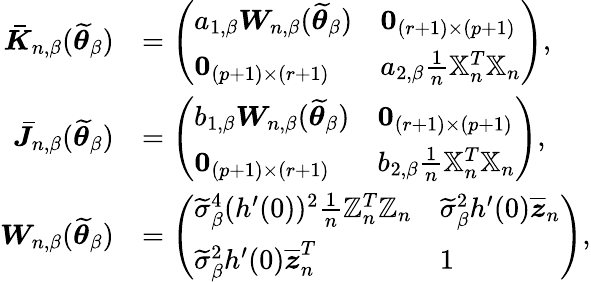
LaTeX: \begin{array}{rl}{\boldsymbol{\bar{K}}_{n,\beta}(\widetilde{\boldsymbol{\theta}}_{\beta})}&{=\left(\begin{array}{ll}{a_{1,\beta}\boldsymbol{W}_{n,\beta}(\widetilde{\boldsymbol{\theta}}_{\beta})}&{\boldsymbol{0}_{(r+1)\times(p+1)}}\\ {\boldsymbol{0}_{(p+1)\times(r+1)}}&{a_{2,\beta}\frac{1}{n}\mathbb{X}_{n}^{T}\mathbb{X}_{n}}\end{array}\right),}\\ {\boldsymbol{\bar{J}}_{n,\beta}(\widetilde{\boldsymbol{\theta}}_{\beta})}&{=\left(\begin{array}{ll}{b_{1,\beta}\boldsymbol{W}_{n,\beta}(\widetilde{\boldsymbol{\theta}}_{\beta})}&{\boldsymbol{0}_{(r+1)\times(p+1)}}\\ {\boldsymbol{0}_{(p+1)\times(r+1)}}&{b_{2,\beta}\frac{1}{n}\mathbb{X}_{n}^{T}\mathbb{X}_{n}}\end{array}\right),}\\ {\boldsymbol{W}_{n,\beta}(\widetilde{\boldsymbol{\theta}}_{\beta})}&{=\left(\begin{array}{ll}{\widetilde{\sigma}_{\beta}^{4}(h^{\prime}(0))^{2}\frac{1}{n}\mathbb{Z}_{n}^{T}\mathbb{Z}_{n}}&{\widetilde{\sigma}_{\beta}^{2}h^{\prime}(0)\overline{{\boldsymbol{z}}}_{n}}\\ {\widetilde{\sigma}_{\beta}^{2}h^{\prime}(0)\overline{{\boldsymbol{z}}}_{n}^{T}}&{1}\end{array}\right),}\end{array}